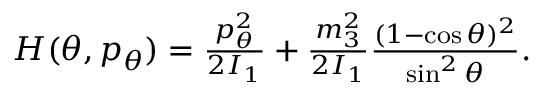
\begin{array} { r } { H ( \theta , p _ { \theta } ) = \frac { p _ { \theta } ^ { 2 } } { 2 I _ { 1 } } + \frac { m _ { 3 } ^ { 2 } } { 2 I _ { 1 } } \frac { ( 1 - \cos \theta ) ^ { 2 } } { \sin ^ { 2 } \theta } . } \end{array}